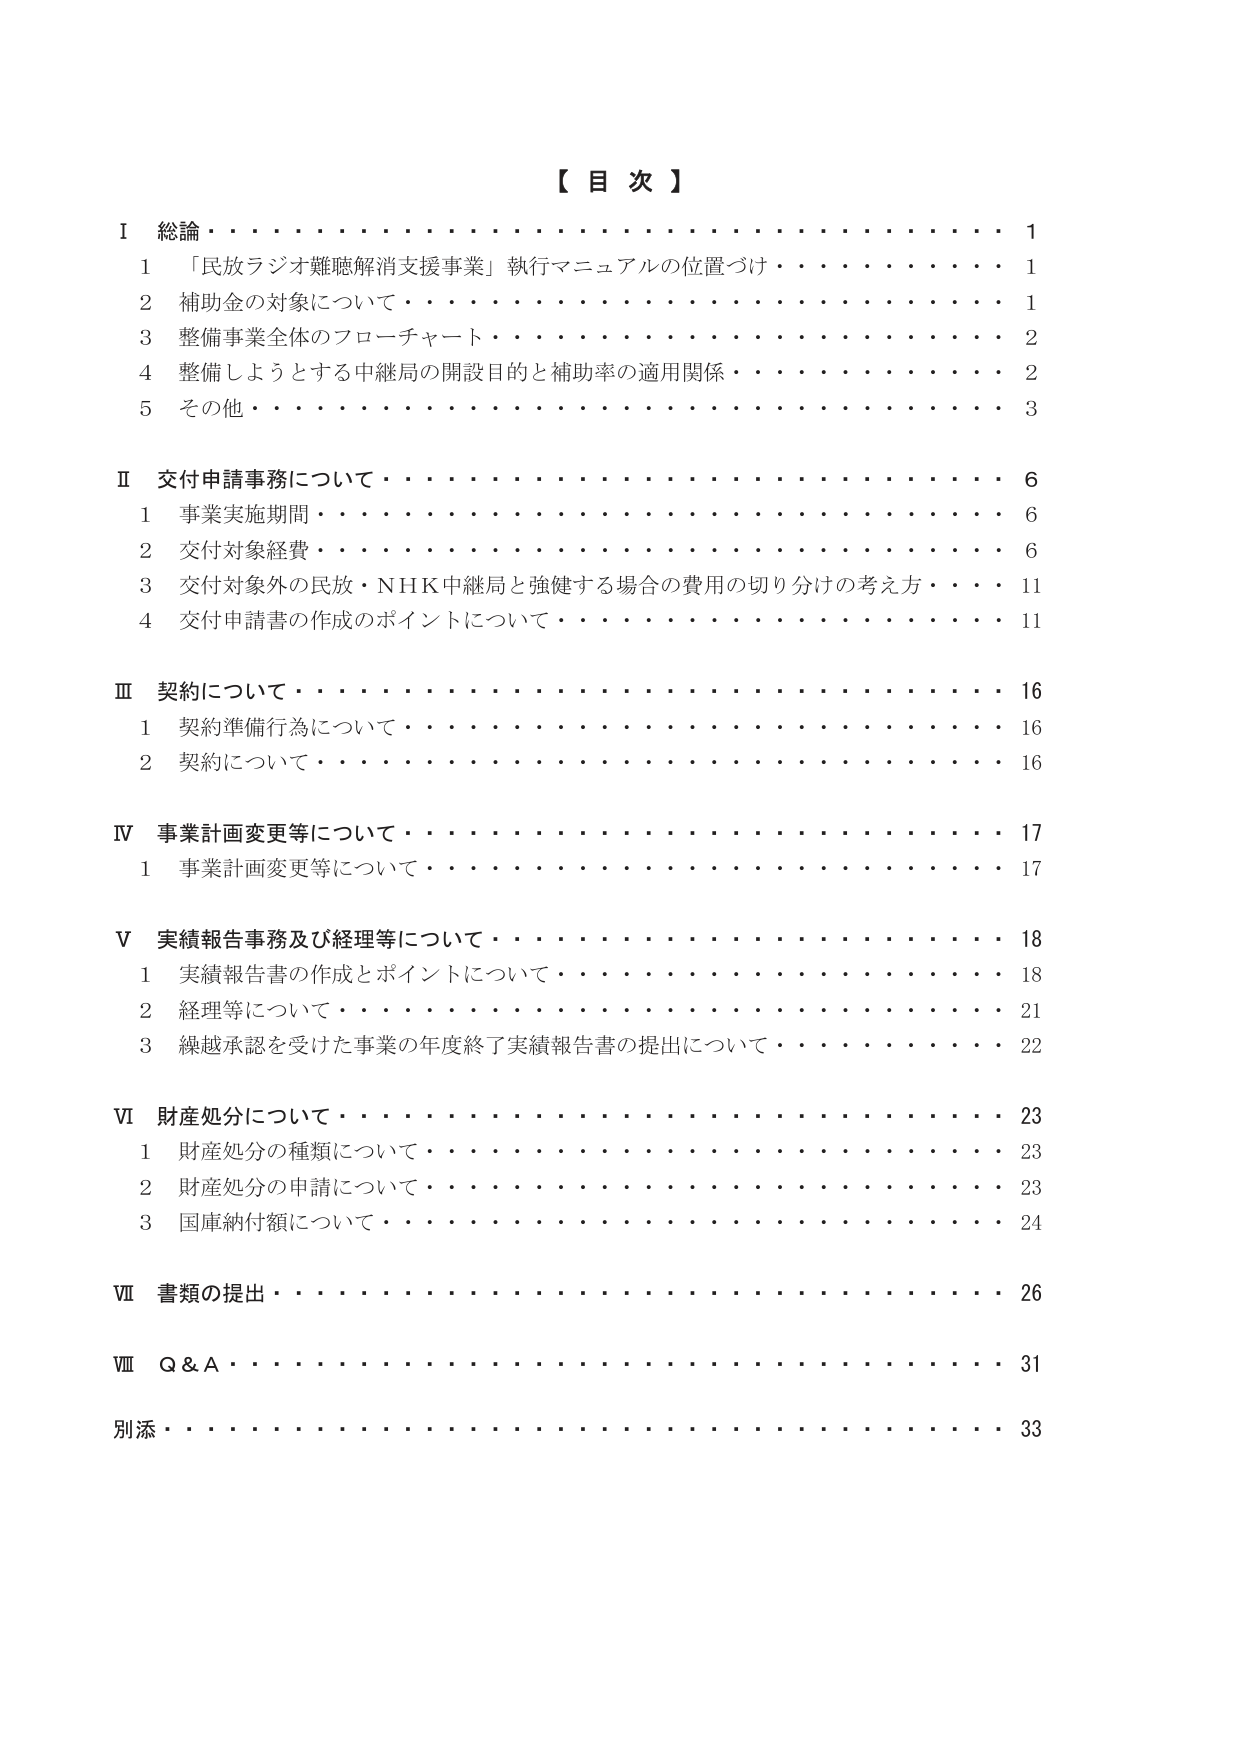
【目次】

Ⅰ 総論・・・・・・・・・・・・・・・・・・・・・・・・・・・・・・・・・・1
　1 「民放ラジオ難聴解消支援事業」執行マニュアルの位置づけ・・・・・・・・・・1
　2 補助金の対象について・・・・・・・・・・・・・・・・・・・・・・・・・・1
　3 整備事業全体のフローチャート・・・・・・・・・・・・・・・・・・・・・・・・2
　4 整備しようとする中継局の開設目的と補助率の適用関係・・・・・・・・・・・・2
　5 その他・・・・・・・・・・・・・・・・・・・・・・・・・・・・・・・・・・3

Ⅱ 交付申請事務について・・・・・・・・・・・・・・・・・・・・・・・・・・6
　1 事業実施期間・・・・・・・・・・・・・・・・・・・・・・・・・・・・・・6
　2 交付対象経費・・・・・・・・・・・・・・・・・・・・・・・・・・・・・・6
　3 交付対象外の民放・NHK中継局と強健する場合の費用の切り分けの考え方・・11
　4 交付申請書の作成のポイントについて・・・・・・・・・・・・・・・・・・・・11

Ⅲ 契約について・・・・・・・・・・・・・・・・・・・・・・・・・・・・・・16
　1 契約準備行為について・・・・・・・・・・・・・・・・・・・・・・・・・・16
　2 契約について・・・・・・・・・・・・・・・・・・・・・・・・・・・・・・16

Ⅳ 事業計画変更等について・・・・・・・・・・・・・・・・・・・・・・・・・17
　1 事業計画変更等について・・・・・・・・・・・・・・・・・・・・・・・・・・17

Ⅴ 実績報告事務及び経理等について・・・・・・・・・・・・・・・・・・・・・18
　1 実績報告書の作成とポイントについて・・・・・・・・・・・・・・・・・・・・18
　2 経理等について・・・・・・・・・・・・・・・・・・・・・・・・・・・・・・21
　3 繰越承認を受けた事業の年度終了実績報告書の提出について・・・・・・・・・22

Ⅵ 財産処分について・・・・・・・・・・・・・・・・・・・・・・・・・・・・・23
　1 財産処分の種類について・・・・・・・・・・・・・・・・・・・・・・・・・・23
　2 財産処分の申請について・・・・・・・・・・・・・・・・・・・・・・・・・・23
　3 国庫納付額について・・・・・・・・・・・・・・・・・・・・・・・・・・・・24

Ⅶ 書類の提出・・・・・・・・・・・・・・・・・・・・・・・・・・・・・・・・26

Ⅷ Q＆A・・・・・・・・・・・・・・・・・・・・・・・・・・・・・・・・・・・31

別添・・・・・・・・・・・・・・・・・・・・・・・・・・・・・・・・・・・・33